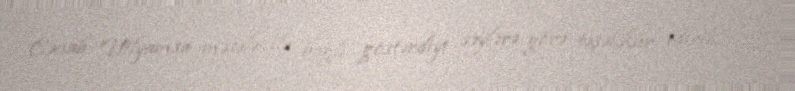
Cənab Uilyamsa məsələ ilə bağlı göstərdiyi səylərə görə təşəkkür edirik”, -